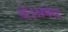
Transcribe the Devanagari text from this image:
थे।अवध